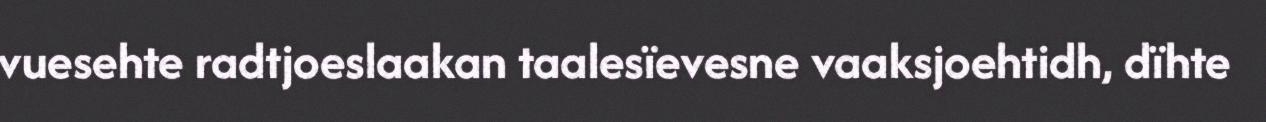
vuesehte radtjoeslaakan taalesïevesne vaaksjoehtidh, dïhte